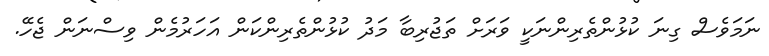
ނަމަވެސް ގިނަ ކުޅުންތެރިންނަކީ ވަރަށް ތަޖުރިބާ މަދު ކުޅުންތެރިންކަން އަހަރުމެން ވިސްނަން ޖެހޭ.